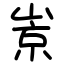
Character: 𡹞